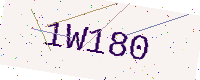
Text: 1W180